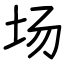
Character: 场